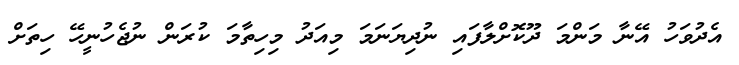
އެދުވަހު އޭނާ މަންމަ ދޫކޮށްލާފައި ނުދިޔަނަމަ މިއަދު މިހިތާމަ ކުރަން ނުޖެހުނީހޭ ހިތަށް